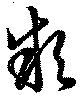
款